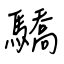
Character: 驕